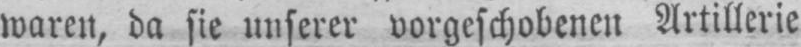
waren, da sie unserer vorgeschobenen Artillerie